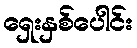
ရှေးနှစ်ပေါင်း